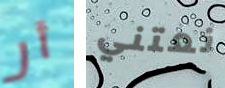
أر نعتني